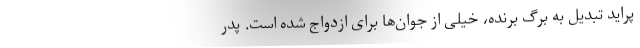
پراید تبدیل به برگ برنده، خیلی از جوان‌ها برای ازدواج شده است. پدر